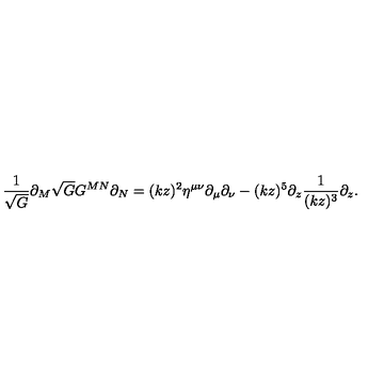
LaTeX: \frac { 1 } { \sqrt { G } } \partial _ { M } \sqrt { G } G ^ { M N } \partial _ { N } = ( k z ) ^ { 2 } \eta ^ { \mu \nu } \partial _ { \mu } \partial _ { \nu } - ( k z ) ^ { 5 } \partial _ { z } \frac { 1 } { ( k z ) ^ { 3 } } \partial _ { z } .